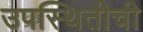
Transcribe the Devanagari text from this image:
उपस्थितीची